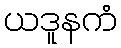
ယဒူနကံ